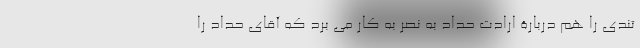
تندی را هم دربارۀ ارادت حداد به نصر به کار می برد که آقای حداد را